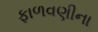
ફાળવણીના